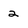
Character: 2